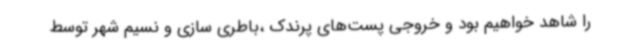
را شاهد خواهیم بود و خروجی پست‌های پرندک ،باطری سازی و نسیم شهر توسط